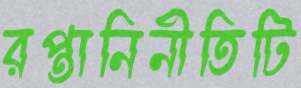
রপ্তানিনীতিটি